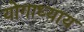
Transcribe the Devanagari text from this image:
योगाध्याय